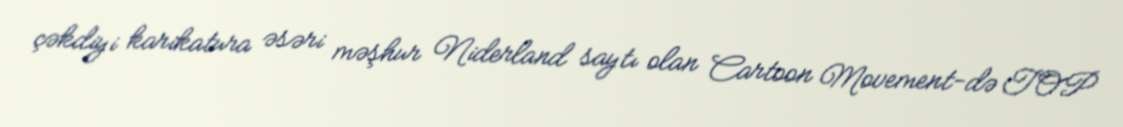
çəkdiyi karikatura əsəri məşhur Niderland saytı olan Cartoon Movement-də TOP